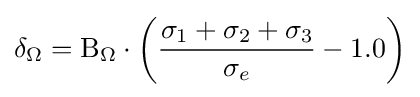
\delta _{\Omega }=\mathrm {B} _{\Omega }\cdot \left({\frac {\sigma _{1}+\sigma _{2}+\sigma _{3}}{\sigma _{e}}}-1.0\right)